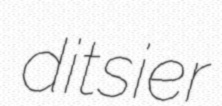
ditsier